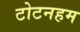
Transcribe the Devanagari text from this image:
टोटनहम